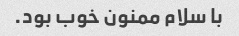
با سلام ممنون خوب بود.